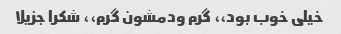
خیلی خوب بود،، گرم ودمشون گرم،، شکرا جزیلا